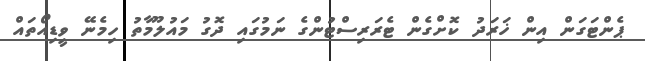
ޕެންޓަގަން އިން ޚަރަދު ކޮށްގެން ޓެރަރިސްޓުންގެ ނަމުގައި ދޮގު މައުލޫމާތު ހިމެނޭ ވީޑިއޯތައް